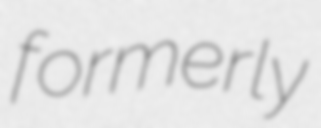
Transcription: formerly